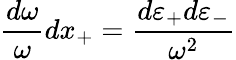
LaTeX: \frac{d\omega}{\omega}dx_{+}=\frac{d\varepsilon_{+}d\varepsilon_{-}}{\omega^{2}}